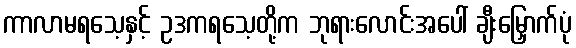
ကာလာမရသေ့နှင့် ဥဒကရသေ့တို့က ဘုရားလောင်းအပေါ် ချီးမြှောက်ပုံ